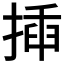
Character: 揷